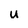
Character: u